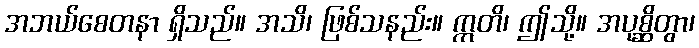
အဘယ်စေတနာ ရှိသည်။ အသိ၊ ဖြစ်သနည်း။ ဣတိ၊ ဤသို့။ အပုစ္ဆိတွာ၊